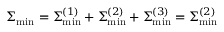
\Sigma _ { \mathrm { m i n } } = \Sigma _ { \mathrm { m i n } } ^ { ( 1 ) } + \Sigma _ { \mathrm { m i n } } ^ { ( 2 ) } + \Sigma _ { \mathrm { m i n } } ^ { ( 3 ) } = \Sigma _ { \mathrm { m i n } } ^ { ( 2 ) }